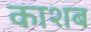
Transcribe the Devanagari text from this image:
काशब